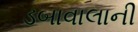
ડબાવાલાની